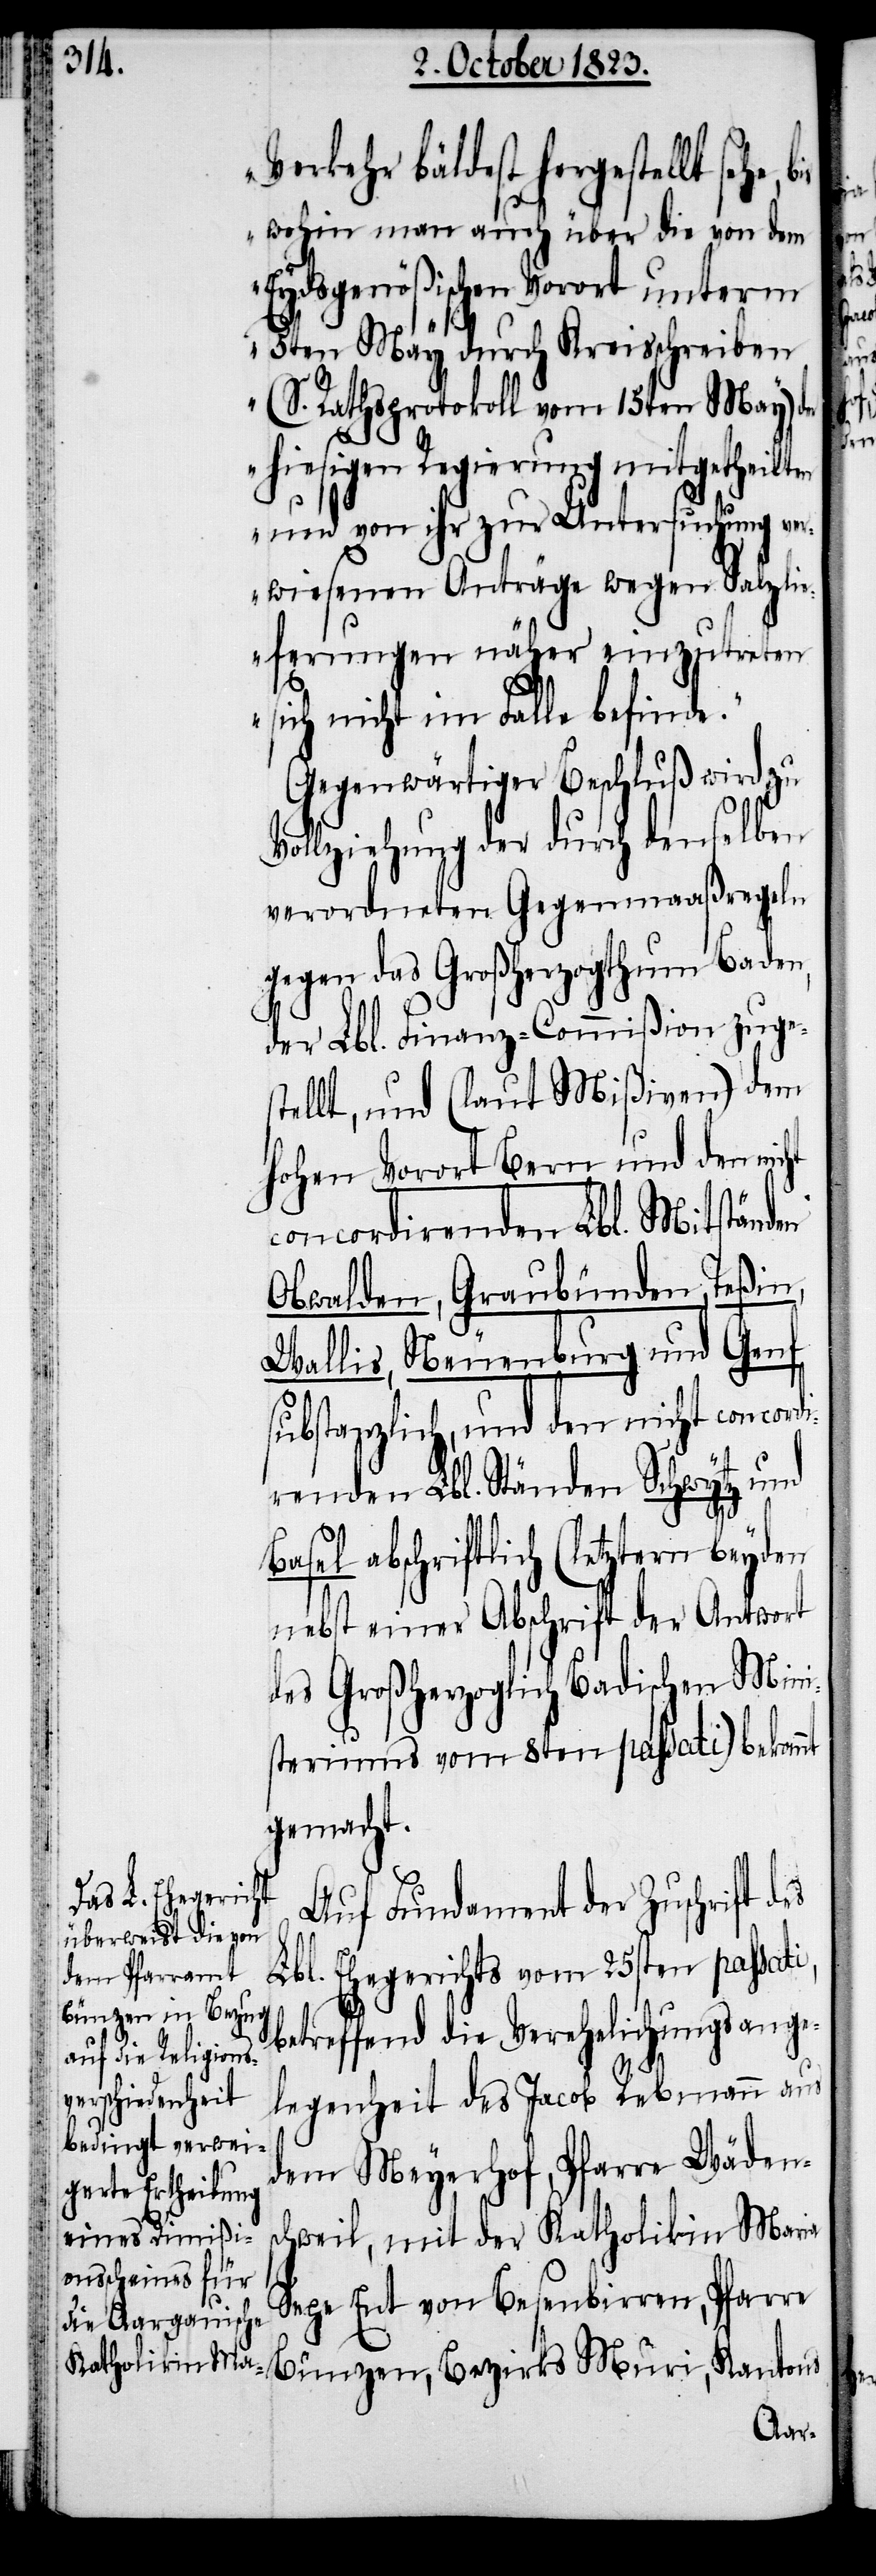
Ba¬

Verkehr bäldest hergestellt sehe,
wohin man auch über die von dem
Eydsgenößischen Vorort unterm
5ten May durch Kreisschreiben
(S. Rathsprotokoll vom 15ten May) der
hiesigen Regierung mitgetheilten
und von ihr zur Untersuchung ve¬
rwiesenen Anträge wegen Salzli¬
eferungen näher einzutreten
sich nicht im Falle befinde.“
Gegenwärtiger Beschluß wird zu
Vollziehung der durch denselben
verordneten Gegenmaaßregeln
gegen das Großherzogthum Baden,
der Lbl. Finanz-Commißion zuge¬
stellt, und (laut Mißiven) dem
hohen Vorort Bern und den nicht
concordirenden Lbl. Mitständen
Obwalden, Graubünden, Teßin,
Wallis, Neuenburg und Genf
substanzlich, und den nicht concord¬
i,
renden Lbl. Ständen Schwytz und
sel abschriftlich (letztern beyden
nebst einer Abschrift der Antwort
des Großherzoglich Badischen Mini¬
steriums vom 8ten passati) bekannt
gemacht.
Auf Fundament der Zuschrift d¬
Lbl. Ehegerichts vom 25sten passat¬
Bünzen, Bezirks
betreffend die Verehelichungsange¬
legenheit des Jacob Rebmann aus
dem Meyerhof, Pfarre Wädens¬
chweil, mit der Katholikin Maria
Sepe Ent von Besenbirren, Pfarre